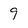
Character: 9